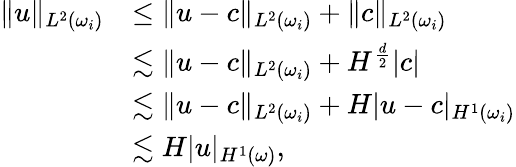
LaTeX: \begin{array}{rl}{\| u\| _{L^{2}(\omega_{i})}}&{\leq\| u-c\| _{L^{2}(\omega_{i})}+\| c\| _{L^{2}(\omega_{i})}}\\ &{\lesssim\| u-c\| _{L^{2}(\omega_{i})}+H^{\frac{d}{2}}|c|}\\ &{\lesssim\| u-c\| _{L^{2}(\omega_{i})}+H|u-c|_{H^{1}(\omega_{i})}}\\ &{\lesssim H|u|_{H^{1}(\omega)},}\end{array}